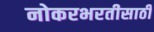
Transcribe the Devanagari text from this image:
नोकरभरतीसाठी